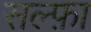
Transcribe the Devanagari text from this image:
सल्फ़ा